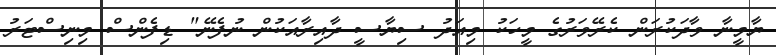
ޔާމީނާ ވާދަކުރަން ކެރޭވަރުގެ މީހަކު މިއަދު ސިޔާސީ ދާއިރާއަކުން ނުފެނޭ" ޑިފެންސް މިނިސްޓަރު